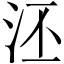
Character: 𣳎